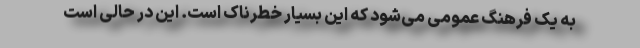
به یک فرهنگ عمومی‌ می‌شود که این بسیار خطرناک است. این در حالی است